Indian journal of veterinary science and animal husbandry - Volume 9,
Year: 1939
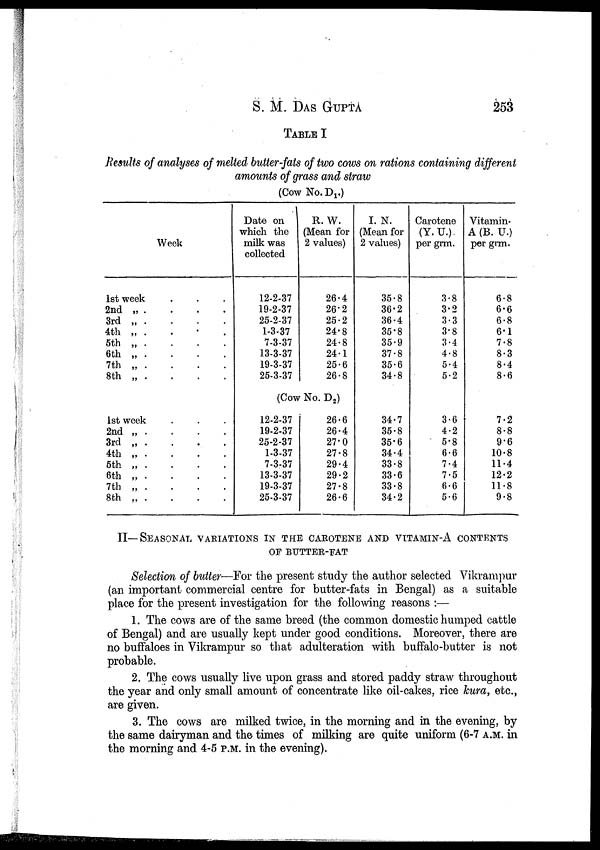
S. M. DAS GUPTA 253
TABLE I
Results of analyses of melted butter-fats of two cows on rations containing different
amounts of grass and straw
(Cow No. D 1 .)
Week
1st week . . .
2nd „ . . . .
3rd „ . . . .
4th „ . . . .
5th „ . . . .
6th „ . . . .
7th „ . . . .
8th „ . . . .
1st week . . .
2nd „ . . . .
3rd „ . . . .
4th „ . . . .
5th „ . . . .
6th „ . . . .
7th „ . . . .
8th „ . . . .
Date on
which the
milk was
collected
12-2-37
19-2-37
25-2-37
1-3-37
7-3-37
13-3-37
19-3-37
25-3-37
R. W.
(Mean for
2 values)
26.4
26.2
25.2
24.8
24.8
24.1
25.6
26.8
(Cow No. D 2 )
12-2-37
19-2-37
25-2-37
1-3-37
7-3-37
13-3-37
19-3-37
25-3-37
26.6
26.4
27.0
27.8
29.4
29.2
27.8
26.6
I. N.
(Mean for
2 values)
35.8
36.2
36.4
35.8
35.9
37.8
35.6
34.8
34.7
35.8
35.6
34.4
33.8
33.6
33.8
34.2
Carotene
(Y. U.).
per grm.
3.8
3.2
3.3
3.8
3.4
4.8
5.4
5.2
3.6
4.2
5.8
6.6
7.4
7.5
6.6
5.6
Vitamin.
A (B. U.)
per grm.
6.8
6.6
6.8
6.1
7.8
8.3
8.4
8.6
7.2
8.8
9.6
10.8
11.4
12.2
11.8
9.8
II—SEASONAL VARIATIONS IN THE CAROTENE AND VITAMIN-A CON
OF BUTTER-FAT
Selection of butter—For the present study the author selected Vikrampur
(an important commercial centre for butter-fats in Bengal) as a suitable
place for the present investigation for the following reasons :—
1. The cows are of the same breed (the common domestic humped cattle
of Bengal) and are usually kept under good conditions. Moreover, there are
no buffaloes in Vikrampur so that adulteration with buffalo-butter is not
probable.
2. The cows usually live upon grass and stored paddy straw throughout
the year and only small amount of concentrate like oil-cakes, rice kura, etc.,
are given.
3. The cows are milked twice, in the morning and in the evening, by
the same dairyman and the times of milking are quite uniform (6-7 A.M. in
the morning and 4-5 P.M. in the evening).